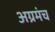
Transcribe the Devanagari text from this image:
अग्रमंच